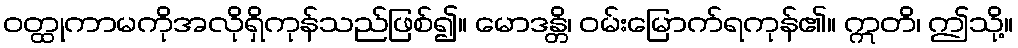
ဝတ္ထုကာမကိုအလိုရှိကုန်သည်ဖြစ်၍။ မောဒန္တိ၊ ဝမ်းမြောက်ရကုန်၏။ ဣတိ၊ ဤသို့။